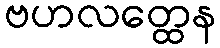
ဗဟလတ္ထေန